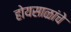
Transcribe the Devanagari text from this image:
होयसाळांचे